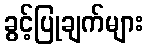
ခွင့်ပြုချက်များ